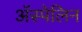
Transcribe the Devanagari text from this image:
ॲस्पेलिन